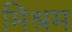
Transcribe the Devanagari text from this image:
मिश्रम